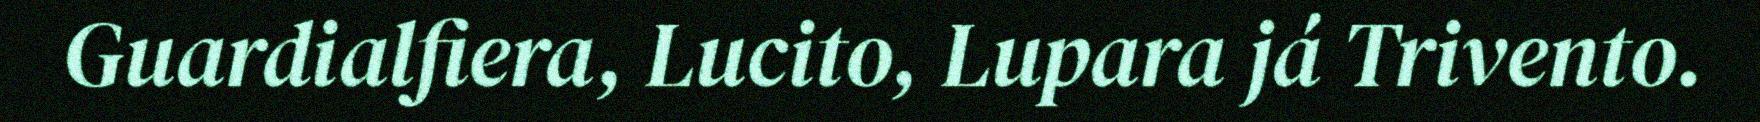
Guardialfiera, Lucito, Lupara já Trivento.